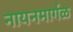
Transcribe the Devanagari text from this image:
नायनमार्गळ